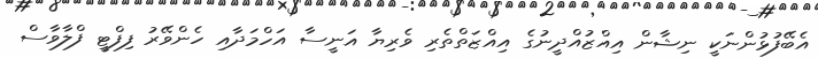
އެބޭފުޅުންނަކީ ނިޝާން އިއްޒުއްދީނުގެ އިއްޒަތްތެރި ވެރިޔާ އަނީސާ އަހްމަދާއި ހެންވޭރު ފިފްޓީ ފްލާވާސް